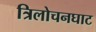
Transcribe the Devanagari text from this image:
त्रिलोचनघाट